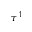
\tau ^ { 1 }